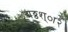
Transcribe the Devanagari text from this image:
द्मठ्ठश्ा२